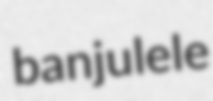
banjulele